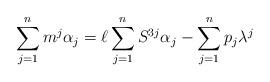
LaTeX: \begin{align*}\sum_{j=1}^n m^j \alpha_j = \ell \sum_{j=1}^n S^{3j} \alpha_j - \sum_{j=1}^n p_j \lambda^j\end{align*}